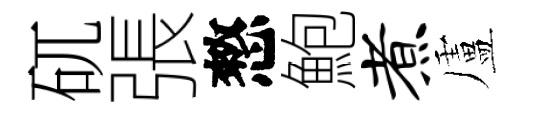
矹張憗鮑煮盧